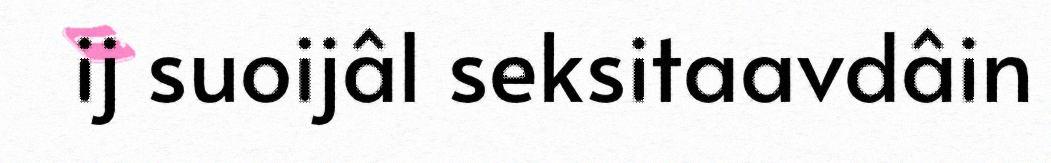
ij suoijâl seksitaavdâin